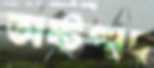
অষ্টপাদ